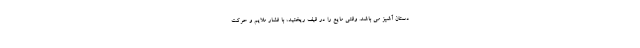
دستان آشپز می باشد. وقتی مایع را در قیف ریختید، با فشار ملایم و حرکت